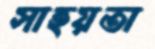
সাহয়তা